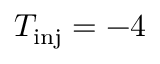
T _ { \mathrm { i n j } } = - 4